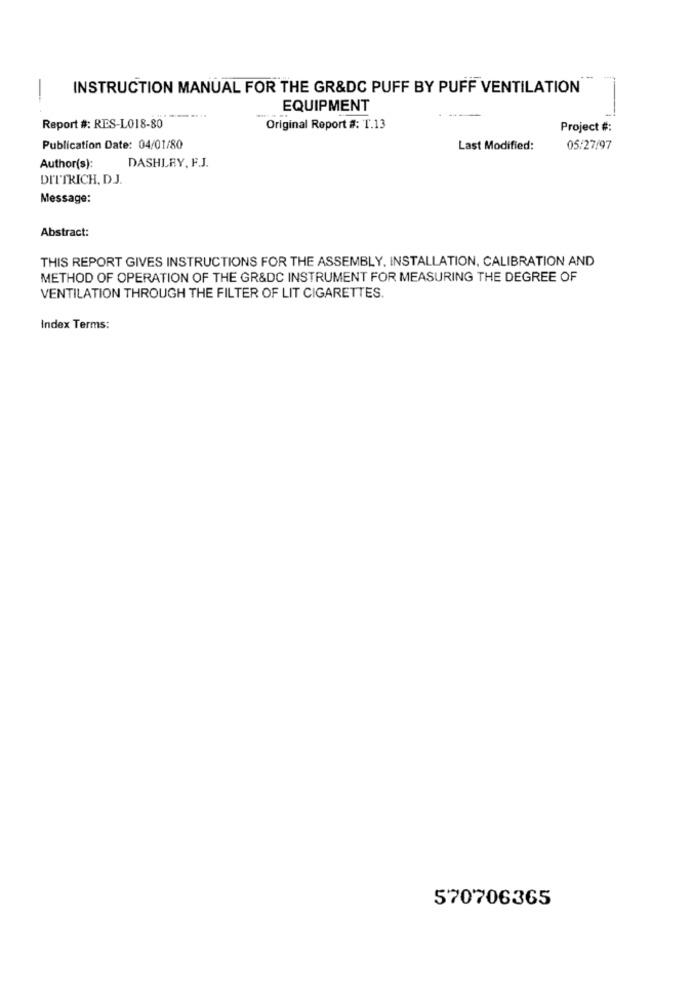
INSTRUCTION MANUAL FOR THE GR&DC PUFF BY PUFF VENTILATION
-
EQUIPMENT
Report #: RES-L018-80
Original Report #: T.13
Project #:
Publication Date: 04/01/80
Last Modified:
05/27/97
DASHLEY, F.J.
Author(s):
DITTRICH, D.J.
Message:
Abstract:
THIS REPORT GIVES INSTRUCTIONS FOR THE ASSEMBLY, INSTALLATION, CALIBRATION AND
METHOD OF OPERATION OF THE GR&DC INSTRUMENT FOR MEASURING THE DEGREE OF
VENTILATION THROUGH THE FILTER OF LIT CIGARETTES.
Index Terms:
570706365